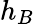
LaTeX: h_{B}